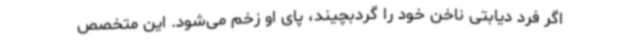
اگر فرد دیابتی ناخن خود را گردبچیند، پای او زخم می‌شود. این متخصص